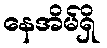
နေအိမ်ရှိ